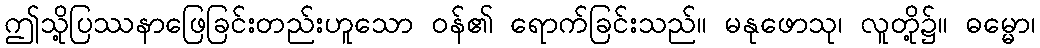
ဤသို့ပြဿနာဖြေခြင်းတည်းဟူသော ဝန်၏ ရောက်ခြင်းသည်။ မနုဖောသု၊ လူတို့၌။ ဓမ္မော၊